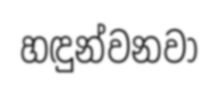
හඳුන්වනවා